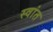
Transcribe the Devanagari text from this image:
स्वांत